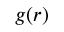
g ( r )